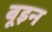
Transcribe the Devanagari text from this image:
बूइन